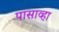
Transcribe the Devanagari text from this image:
पासाव्हा